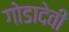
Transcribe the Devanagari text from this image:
गोडादेवी